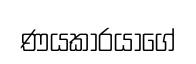
ණයකාරයාගේ